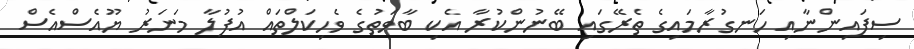
ސިފައިންނާއި ހަނގުރާމައިގެ ތެރޭގައި ބޭނުންކުރާ އެކި ބާވަތުގެ ވެހިކަލްތައް އުފުލާ މަނަރު ޔޫއެސްއެސް